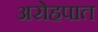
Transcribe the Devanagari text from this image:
अरोहपात